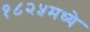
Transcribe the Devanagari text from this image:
१८२५मध्ये